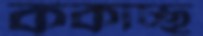
ককাচ্ছ